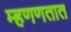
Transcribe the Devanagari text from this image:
म्हणणतात